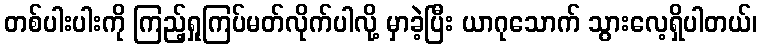
တစ်ပါးပါးကို ကြည့်ရှုကြပ်မတ်လိုက်ပါလို့ မှာခဲ့ပြီး ယာဂုသောက် သွားလေ့ရှိပါတယ်၊